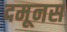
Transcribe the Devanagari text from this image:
दमूनस